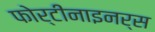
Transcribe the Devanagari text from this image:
फोर्टीनाइनर्स